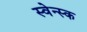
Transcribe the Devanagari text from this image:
स्वेन्स्क